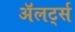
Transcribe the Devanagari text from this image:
अॅलर्ट्स